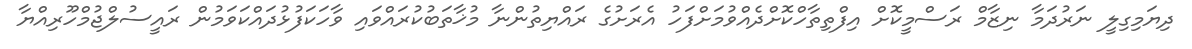
ދިޔަމިގިލީ ނަރުދަމާ ނިޒާމް ރަސްމީކޮށް އިފްތިތާހްކޮށްދެއްވުމަށްފަހު އެރަށުގެ ރައްޔިތުންނާ މުޚާތަބުކުރައްވައި ވާހަކަފުޅުދައްކަވަމުން ރައީސުލްޖުމްހޫރިއްޔާ